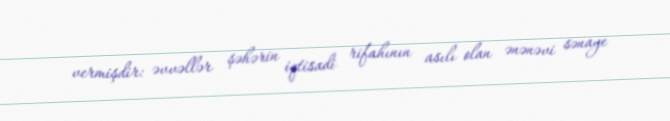
vermişdir: əvvəllər şəhərin iqtisadi rifahının asılı olan ənənəvi sənaye